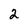
Character: 2